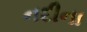
નદીના